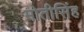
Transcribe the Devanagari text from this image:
मोतीसिंह